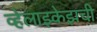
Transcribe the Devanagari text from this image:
व्हेलाझ्केझची